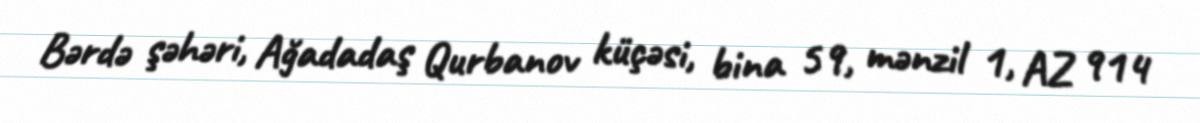
Bərdə şəhəri, Ağadadaş Qurbanov küçəsi, bina 59, mənzil 1, AZ 914